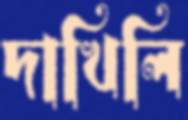
দাখিলি